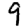
Digit: 9